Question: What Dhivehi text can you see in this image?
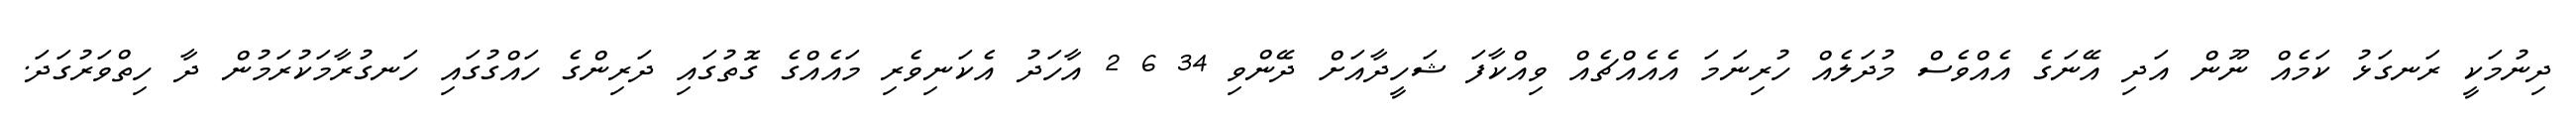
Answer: ދިނުމަކީ ރަނގަޅު ކަމެއް ނޫން އަދި އޭނަގެ އެއްވެސް މުދަލެއް ހުރިނަމަ އެއެއްޗެއް ވިއްކާފަ ޝަހީދާއަށް ދޭންވި 34 6 2 އާހަދު އެކަނިވެރި މައެއްގެ ގޮތުގައި ދަރިންގެ ހައްގުގައި ހަނގުރާމަކުރަމުން ދާ ހިތްވަރުގަދަ.